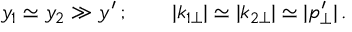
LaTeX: y _ { 1 } \simeq y _ { 2 } \gg y ^ { \prime } \, ; \qquad | k _ { 1 \perp } | \simeq | k _ { 2 \perp } | \simeq | p _ { \perp } ^ { \prime } | \, . \nonumber